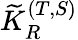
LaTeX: {\widetilde K}_{R}^{(T,S)}